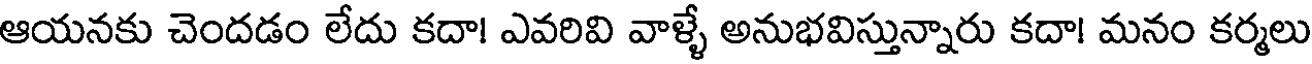
ఆయనకు చెందడం లేదు కదా! ఎవరివి వాళ్ళే అనుభవిస్తున్నారు కదా! మనం కర్మలు